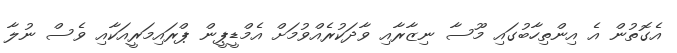
އެގޮތުން އެ އިންތިހާބުގައި މޫސާ ނިޒާރާއި ވާދަކުރެއްވުމަށް އެމްޑީޕީން ޕްރައިމަރީއަކާއި ވެސް ނުލާ